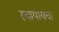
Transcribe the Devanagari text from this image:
स्थापायचा